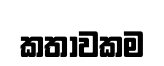
කතාවකම